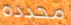
محدده